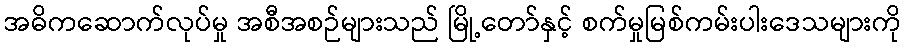
အဓိကဆောက်လုပ်မှု အစီအစဉ်များသည် မြို့တော်နှင့် စက်မှုမြစ်ကမ်းပါးဒေသများကို